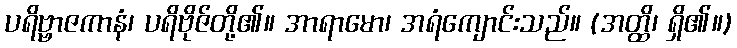
ပရိဗ္ဗာဇကာနံ၊ ပရိဗိုဇ်တို့၏။ အာရာမော၊ အရံကျောင်းသည်။ (အတ္ထိ၊ ရှိ၏။)